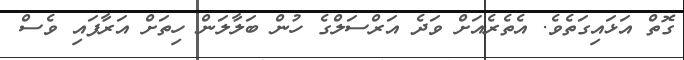
ގޮތް އަޅައިގަތެވެ. އެތެރެއަށް ވަދެ އަރްސަލްގެ ހުން ބަލާލަން ހިތަށް އަރާފައި ވެސް